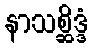
နာသစ္ဆိဒ္ဒံ